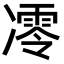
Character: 𪞮